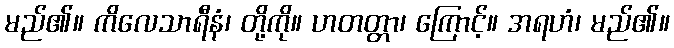
မည်၏။ ကိလေသာရီနံ၊ တို့ကို။ ဟတတ္တာ၊ ကြောင့်။ အရဟံ၊ မည်၏။